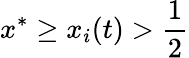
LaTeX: x^{*}\geq x_{i}(t)>\frac{1}{2}